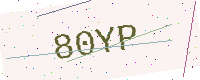
Text: 80YP